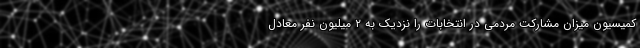
کمیسیون میزان مشارکت مردمی در انتخابات را نزدیک به ۲ میلیون نفر معادل